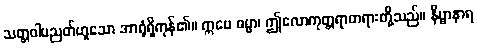
သတ္တဝါပညတ်ဟူသော အာရုံရှိကုန်၏။ ဣမေ ဓမ္မာ၊ ဤလောကုတ္တရာတရားတို့သည်။ နိဗ္ဗာနာရ